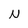
Character: N